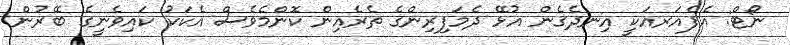
ނޯޓް: އެފެއަރއަކީ އިނދެގެން އުޅޭ ދެމަފިރިންގެ ތެރެއިން ކޮންމެވެސް އެކަކު ކައިވެނީގެ ބޭރުން